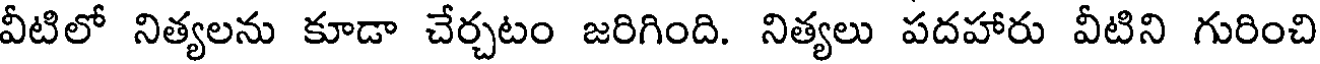
వీటిలో నిత్యలను కూడా చేర్చటం జరిగింది. నిత్యలు పదహారు వీటిని గురించి